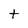
Character: t